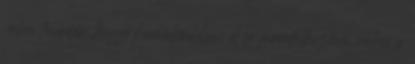
volna tovább, hogy komolyabban el se gondolkoztam volna a